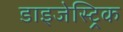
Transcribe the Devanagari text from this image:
डाइजेस्ट्रिक